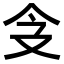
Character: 𠇀